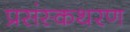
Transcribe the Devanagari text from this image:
प्रसंस्कथरण